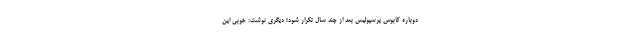
دوباره کابوس پرسپولیس بعد از چند سال تکرار شود! دیگری نوشت: خوبی این